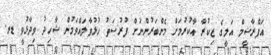
އަފްރާޝީމް އަލީގެ ޒިކުރާ އާކުރުމަށް މެންބަރުންނަށް ފުރުސަތު ހުޅުވާލައްވަމުން ޝާހިދު ވިދާޅުވީ ޑރ.